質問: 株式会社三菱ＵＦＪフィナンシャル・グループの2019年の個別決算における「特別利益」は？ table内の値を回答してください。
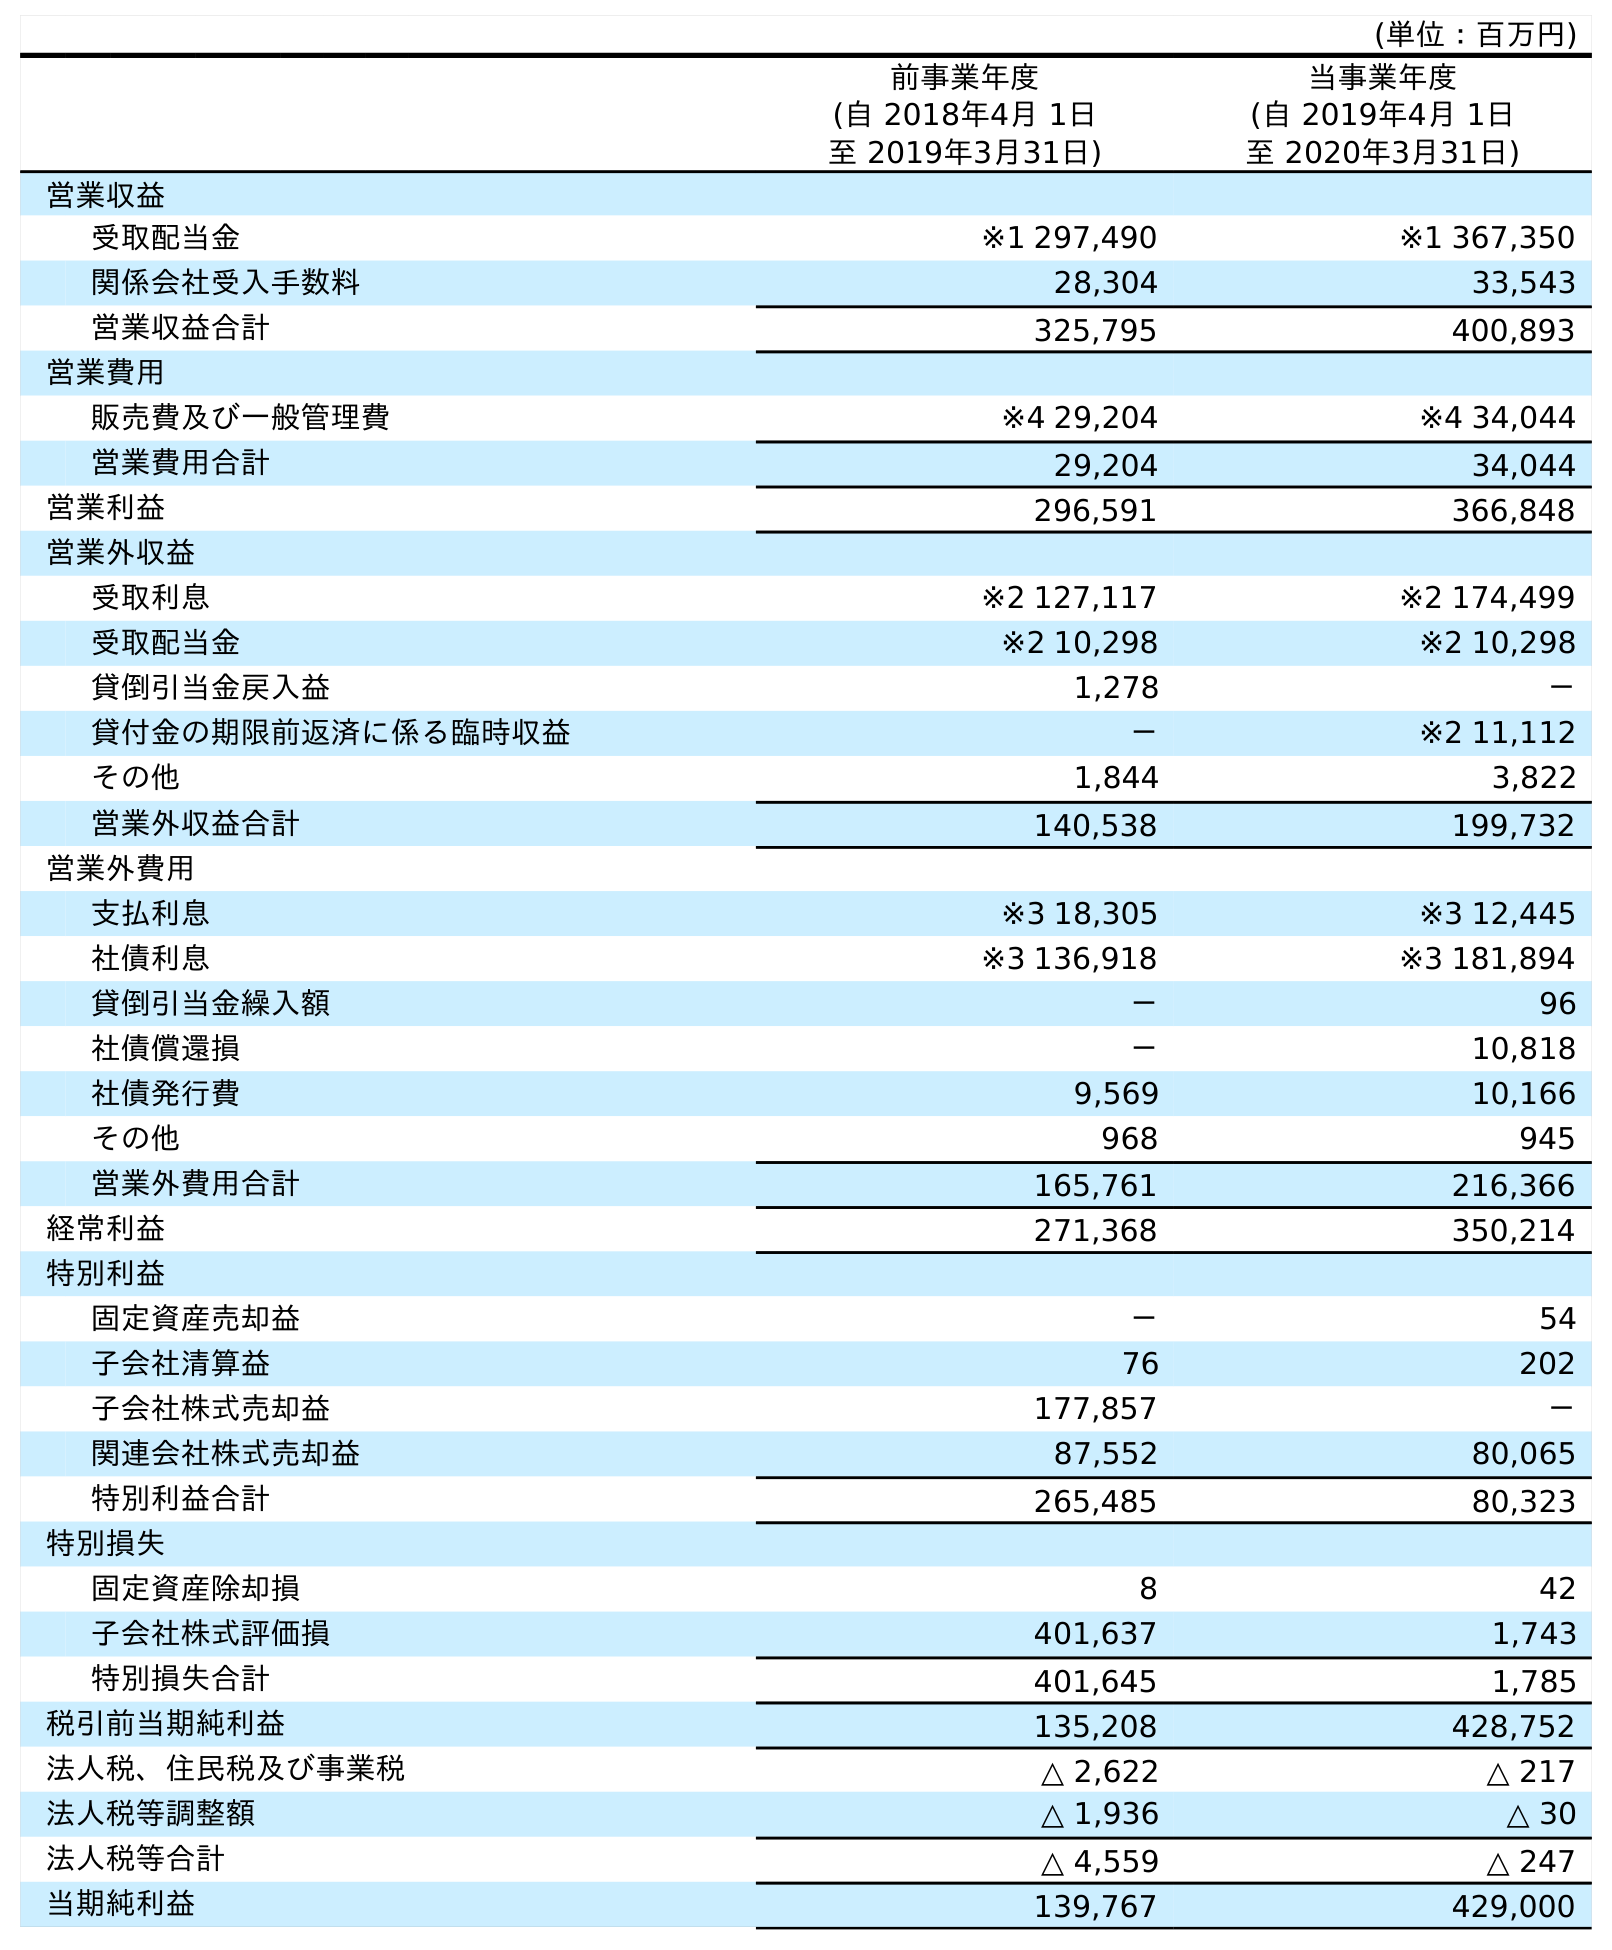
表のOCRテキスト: (単位：百万円) 前事業年度 (自 2018年4月 1日 至 2019年3月31日) 当事業年度 (自 2019年4月 1日 至 2020年3月31日) 営業収益 受取配当金 ※1 297,490 ※1 367,350 関係会社受入手数料 28,304 33,543 営業収益合計 325,795 400,893 営業費用 販売費及び一般管理費 ※4 29,204 ※4 34,044 営業費用合計 29,204 34,044 営業利益 296,591 366,848 営業外収益 受取利息 ※2 127,117 ※2 174,499 受取配当金 ※2 10,298 ※2 10,298 貸倒引当金戻入益 1,278 － 貸付金の期限前返済に係る臨時収益 － ※2 11,112 その他 1,844 3,822 営業外収益合計 140,538 199,732 営業外費用 支払利息 ※3 18,305 ※3 12,445 社債利息 ※3 136,918 ※3 181,894 貸倒引当金繰入額 － 96 社債償還損 － 10,818 社債発行費 9,569 10,166 その他 968 945 営業外費用合計 165,761 216,366 経常利益 271,368 350,214 特別利益 固定資産売却益 － 54 子会社清算益 76 202 子会社株式売却益 177,857 － 関連会社株式売却益 87,552 80,065 特別利益合計 265,485 80,323 特別損失 固定資産除却損 8 42 子会社株式評価損 401,637 1,743 特別損失合計 401,645 1,785 税引前当期純利益 135,208 428,752 法人税、住民税及び事業税 △ 2,622 △ 217 法人税等調整額 △ 1,936 △ 30 法人税等合計 △ 4,559 △ 247 当期純利益 139,767 429,000
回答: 265,485